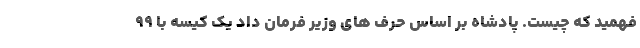
فهمید که چیست. پادشاه بر اساس حرف های وزیر فرمان داد یک کیسه با 99